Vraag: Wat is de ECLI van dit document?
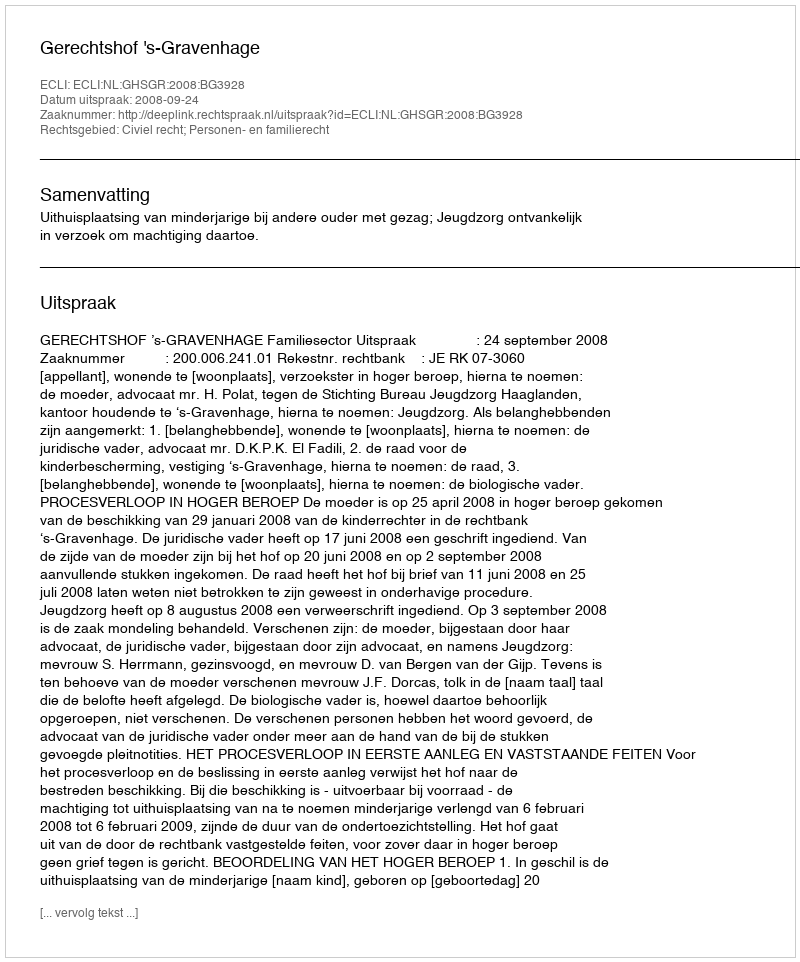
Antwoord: ECLI:NL:GHSGR:2008:BG3928